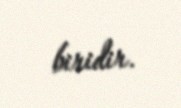
biridir.